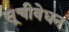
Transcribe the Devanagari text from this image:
सूचीवेधन